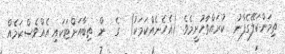
ތިމަންކަލޭގެފާނު  ކުރައްވާހުށީމެވެ. (އެހެނެއްކަމަކު)  ގެ  ން ތިބާއަށްޓަކައި އެއްވެސްކަމެއް